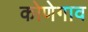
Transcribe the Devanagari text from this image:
कोणेगाव